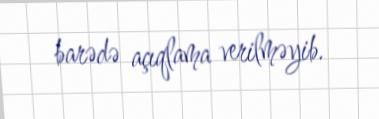
barədə açıqlama verilməyib.